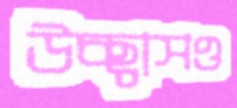
উচ্ছ্বাসও